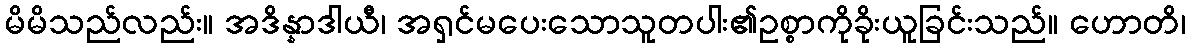
မိမိသည်လည်း။ အဒိန္နာဒါယီ၊ အရှင်မပေးသောသူတပါး၏ဥစ္စာကိုခိုးယူခြင်းသည်။ ဟောတိ၊